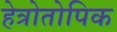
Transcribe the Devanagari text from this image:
हेत्रोतोपिक